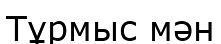
Тұрмыс мән